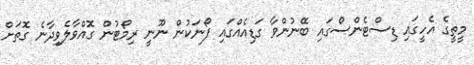
މީތީގެ އެހީގައި ޑިސްޓެންސްގައި ބޭނުންވާ ގަޑިއެއްގައި ފޯނަކުން ނޫނީ ރިމޯޓުން ގޮއްވާލެވިދާނެ ގޮތަށް